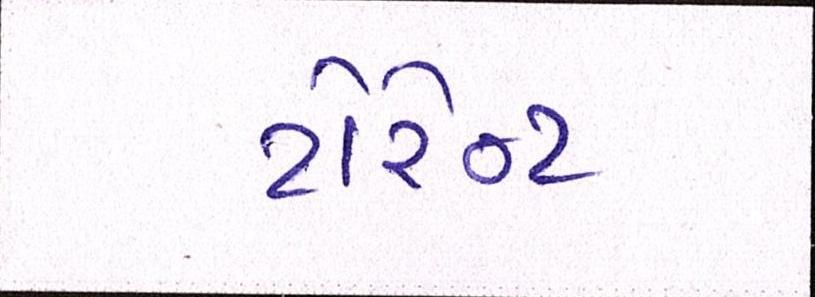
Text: ટોરેન્ટ